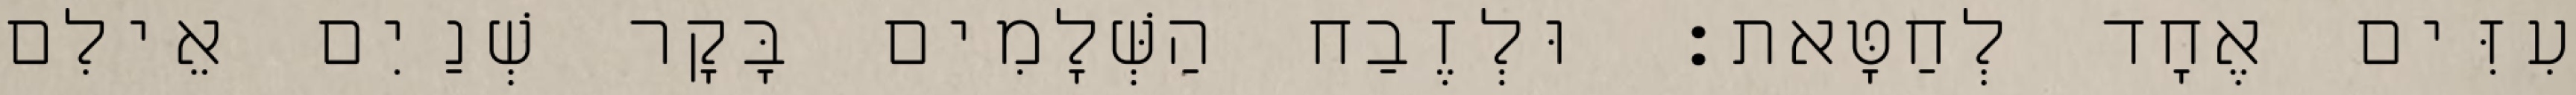
עִזִּים אֶחָד לְחַטָּאת׃ וּלְזֶבַח הַשְּׁלָמִים בָּקָר שְׁנַיִם אֵילִם